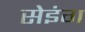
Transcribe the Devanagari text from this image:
सेइंग